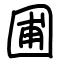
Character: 圃